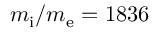
m _ { \mathrm { i } } / m _ { \mathrm { e } } = 1 8 3 6